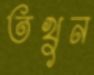
তখুন